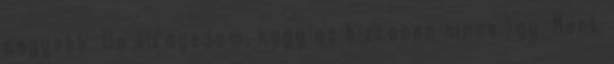
nagyobb. De elfogadom, hogy ez biztosan nincs így. Mert